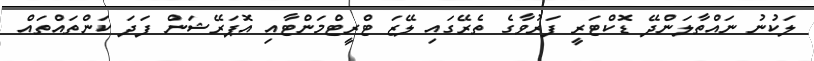
ލަކުނު ނައްތާލަންދޭ ޑޮކްޓަރީ ފަރުވާގެ ތެރޭގައި ލޭޒަ ޓްރީޓްމަންޓާއި އޮޕަރޭޝަން ފަދަ ކަންތައްތައް